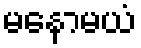
မနောမယံ